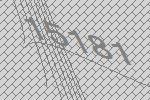
15181